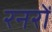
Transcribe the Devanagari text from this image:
रनरों